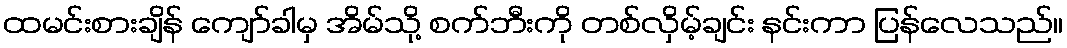
ထမင်းစားချိန် ကျော်ခါမှ အိမ်သို့ စက်ဘီးကို တစ်လှိမ့်ချင်း နင်းကာ ပြန်လေသည်။